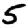
Digit: 5